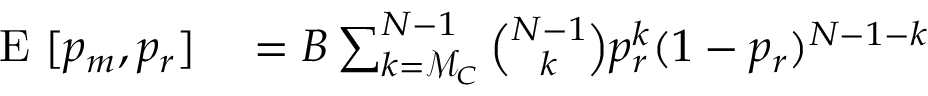
\begin{array} { r l } { \mathrm { ~ E ~ } [ p _ { m } , p _ { r } ] } & { { } = B \sum _ { k = \mathcal { M } _ { C } } ^ { N - 1 } { \binom { N - 1 } { k } } p _ { r } ^ { k } ( 1 - p _ { r } ) ^ { N - 1 - k } } \end{array}